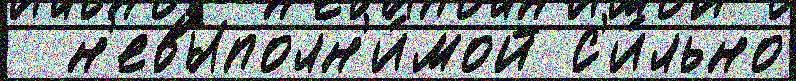
  н'евыполн'и́мой с'и́льно